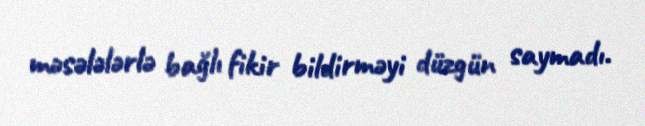
məsələlərlə bağlı fikir bildirməyi düzgün saymadı.